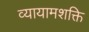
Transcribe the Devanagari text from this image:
व्यायामशक्ति